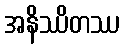
အနိဿိတဿ